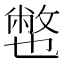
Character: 𱎏